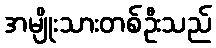
အမျိုးသားတစ်ဦးသည်